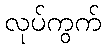
လုပ်ကွက်